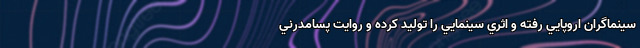
سينماگران اروپايي رفته و اثري سينمايي را توليد کرده و روايت پسامدرني